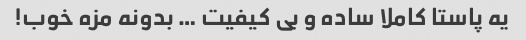
یه پاستا کاملا ساده و بی کیفیت … بدونه مزه خوب!